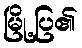
မြို့ပြ၏